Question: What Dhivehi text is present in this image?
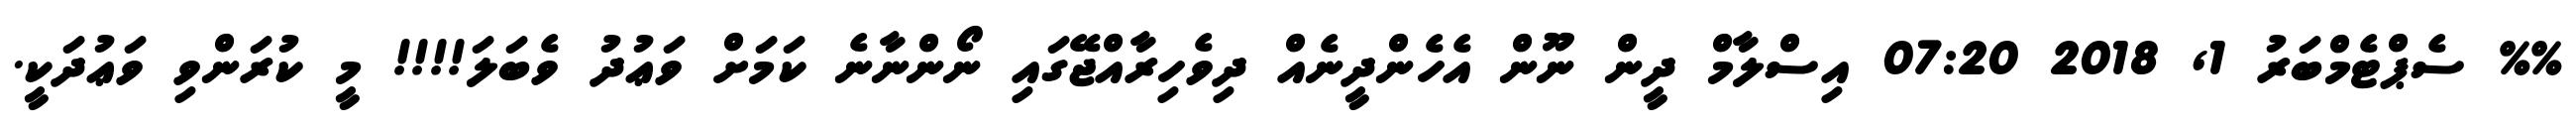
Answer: %% ސެޕްޓެމްބަރު 1, 2018 07:20 އިސްލާމް ދީން ނޫން އެހެންދީނެއް ދިވެހިރާއްޖޭގައި ނޯންނާނެ ކަމަށް ވަޢުދު ވެބަލަ!!!! މީ ކުރަންވި ވަޢުދަކީ.